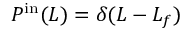
P ^ { \mathrm { i n } } ( L ) = \delta ( L - L _ { f } )